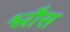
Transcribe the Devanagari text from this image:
श्लौस